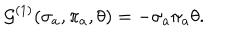
{ \cal G } ^ { ( 1 ) } ( \sigma _ { a } , \pi _ { a } , \theta ) = - \sigma _ { a } \pi _ { a } \theta .